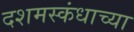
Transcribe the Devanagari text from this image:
दशमस्कंधाच्या